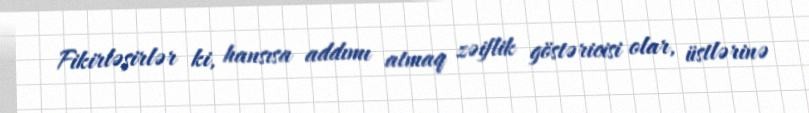
Fikirləşirlər ki, hansısa addımı atmaq zəiflik göstəricisi olar, üstlərinə